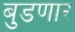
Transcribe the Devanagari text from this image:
बुडणार